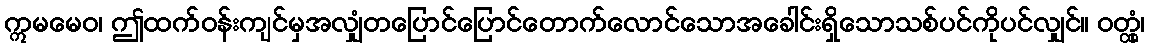
ဣမမေဝ၊ ဤထက်ဝန်းကျင်မှအလျှံတပြောင်ပြောင်တောက်လောင်သောအခေါင်းရှိသောသစ်ပင်ကိုပင်လျှင်။ ဝတ္ထုံ၊